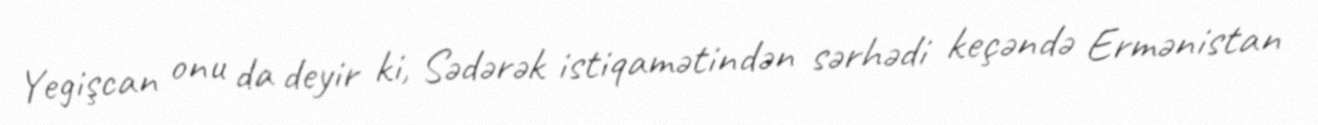
Yegişcan onu da deyir ki, Sədərək istiqamətindən sərhədi keçəndə Ermənistan